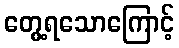
တွေ့ရသောကြောင့်